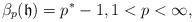
LaTeX: \begin{align*} \beta_p(\mathfrak{h})=p^*-1,1<p<\infty,\end{align*}